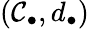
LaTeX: (\mathcal{C}_{\bullet},d_{\bullet})